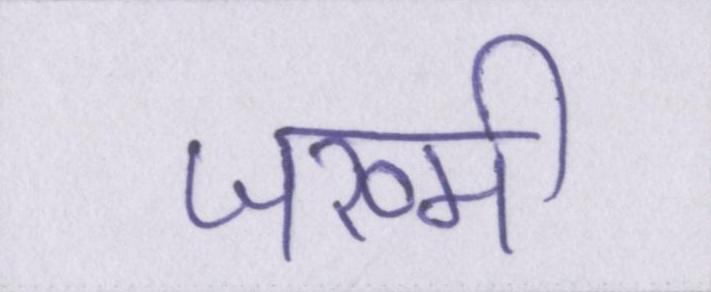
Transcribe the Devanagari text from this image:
जख्मी